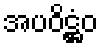
အပဝိဋ္ဌံဝ